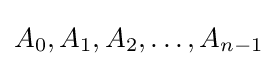
A_{0},A_{1},A_{2},\ldots ,A_{n-1}